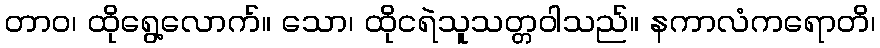
တာဝ၊ ထိုရွေ့လောက်။ သော၊ ထိုငရဲသူသတ္တဝါသည်။ နကာလံကရောတိ၊